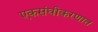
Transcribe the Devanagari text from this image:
एकसंघीकरणात